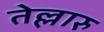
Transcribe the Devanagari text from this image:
तेल्लारु